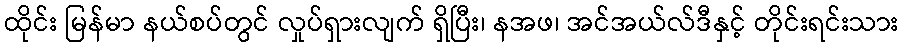
ထိုင်း မြန်မာ နယ်စပ်တွင် လှုပ်ရှားလျက် ရှိပြီး၊ နအဖ၊ အင်အယ်လ်ဒီနှင့် တိုင်းရင်းသား